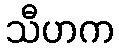
သီဟက